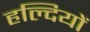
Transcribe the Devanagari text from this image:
हल्दियों